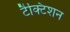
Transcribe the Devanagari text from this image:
टैक्टिशन